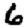
Digit: 6